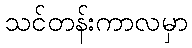
သင်တန်းကာလမှာ